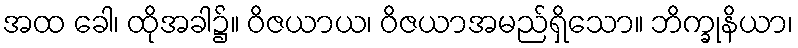
အထ ခေါ၊ ထိုအခါ၌။ ဝိဇယာယ၊ ဝိဇယာအမည်ရှိသော။ ဘိက္ခုနိယာ၊